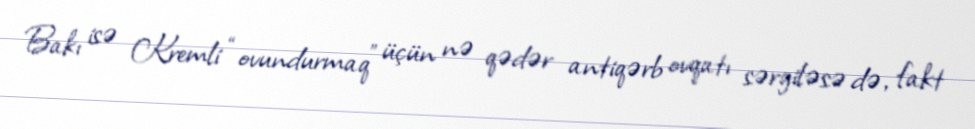
Bakı isə Kremli “ovundurmaq” üçün nə qədər antiqərb ovqatı sərgiləsə də, fakt